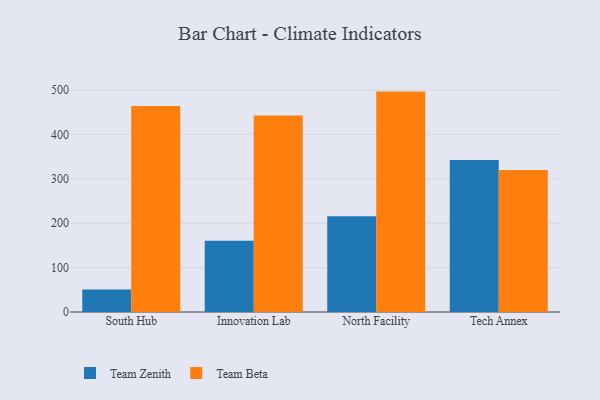
{"axis": {"x": "Campus", "y": "Budget (USD K)"}, "legend": ["Team Beta", "Team Zenith"], "data": [{"x": "South Hub", "y": 50.7, "type": "Team Zenith"}, {"x": "South Hub", "y": 464.0, "type": "Team Beta"}, {"x": "Innovation Lab", "y": 160.5, "type": "Team Zenith"}, {"x": "Innovation Lab", "y": 442.7, "type": "Team Beta"}, {"x": "North Facility", "y": 215.4, "type": "Team Zenith"}, {"x": "North Facility", "y": 496.4, "type": "Team Beta"}, {"x": "Tech Annex", "y": 342.2, "type": "Team Zenith"}, {"x": "Tech Annex", "y": 319.9, "type": "Team Beta"}]}